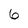
Character: 6